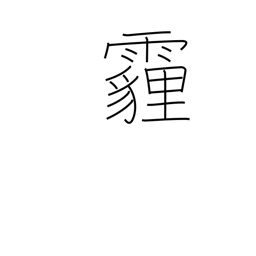
Meaning: wind-blown dust falling like rain